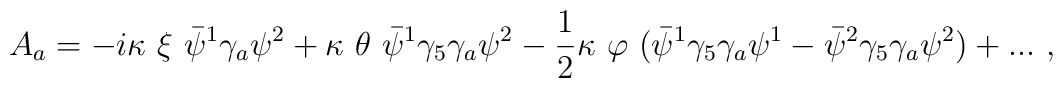
A_a = - i \kappa \ \xi \ \bar\psi^1 \gamma_a \psi^2 + \kappa \ \theta \ \bar\psi^1 \gamma_5 \gamma_a \psi^2 - {1 \over 2} \kappa \ \varphi \ (\bar\psi^1 \gamma_5 \gamma_a \psi^1 - \bar\psi^2 \gamma_5 \gamma_a \psi^2) + ...\ , \\